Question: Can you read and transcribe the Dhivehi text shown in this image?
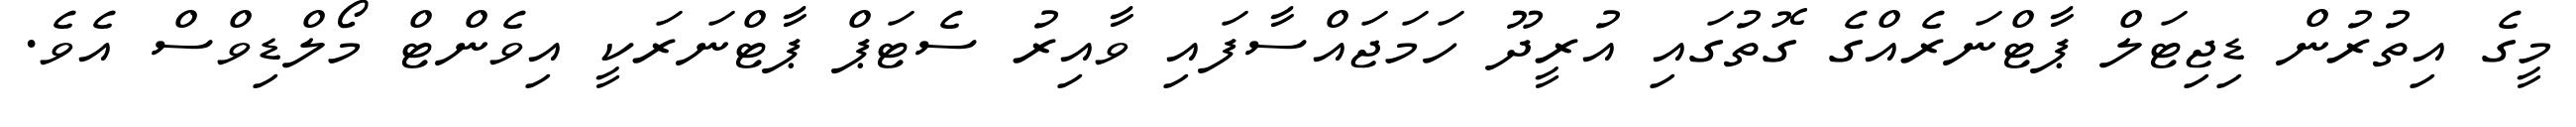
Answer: މީގެ އިތުރުން ޑިޖިޓަލް ޕާޓްނަރެއްގެ ގޮތުގައި އުރީދޫ ހަމަޖައްސާފައި ވާއިރު ސެޓަޕް ޕާޓްނަރަކީ އިވެންޓް މޯލްޑިވްސް އެވެ.